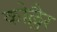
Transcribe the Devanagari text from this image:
कोल्लैर